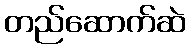
တည်ဆောက်ဆဲ